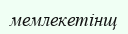
мемлекетінщ